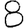
Digit: 8